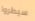
سيطروا